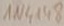
Text: 1N4148